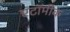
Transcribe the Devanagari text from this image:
एटॉमीक